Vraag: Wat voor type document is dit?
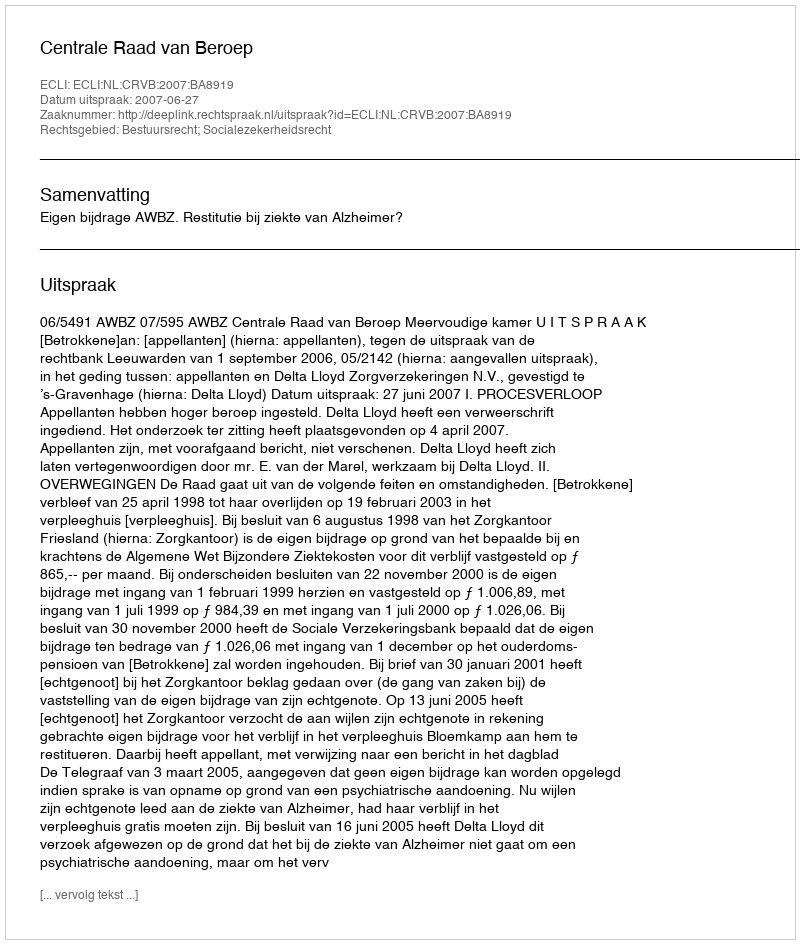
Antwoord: Uitspraak